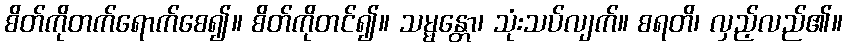
စိတ်ကိုတက်ရောက်စေ၍။ စိတ်ကိုတင်၍။ သမ္မန္တော၊ သုံးသပ်လျက်။ စရတိ၊ လှည့်လည်၏။